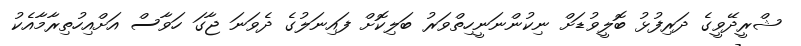
ޝްރީދޭވީގެ ދަރިފުޅު ބޮލީވުޑަށް ނިކުންނަނީހިތްވަރު ބަލިކޮށް ފައިނަލުގެ ދެވަނަ ޖާގަ ހަވާސް އަށްއިހުތިރާމާއެކު